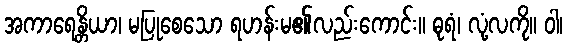
အကာရေန္တိယာ၊ မပြုစေသော ရဟန်းမ၏လည်းကောင်း။ ဓုရံ၊ လုံ့လကို။ ဝါ၊